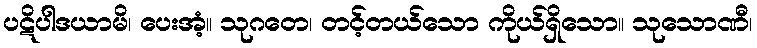
ပဋိပါဒယာမိ၊ ပေးအံ့။ သုဂတေ၊ တင့်တယ်သော ကိုယ်ရှိသော။ သုသောဏီ၊